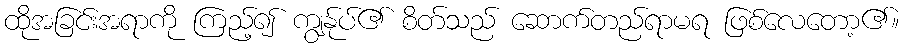
ထိုအခြင်းအရာကို ကြည့်၍ ကျွန်ုပ်၏ စိတ်သည် ဆောက်တည်ရာမရ ဖြစ်လေတော့၏။